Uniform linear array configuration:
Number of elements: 12
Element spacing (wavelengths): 1
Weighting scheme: hann
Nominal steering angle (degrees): -60
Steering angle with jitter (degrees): -61.212
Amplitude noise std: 0.05
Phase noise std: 0.05

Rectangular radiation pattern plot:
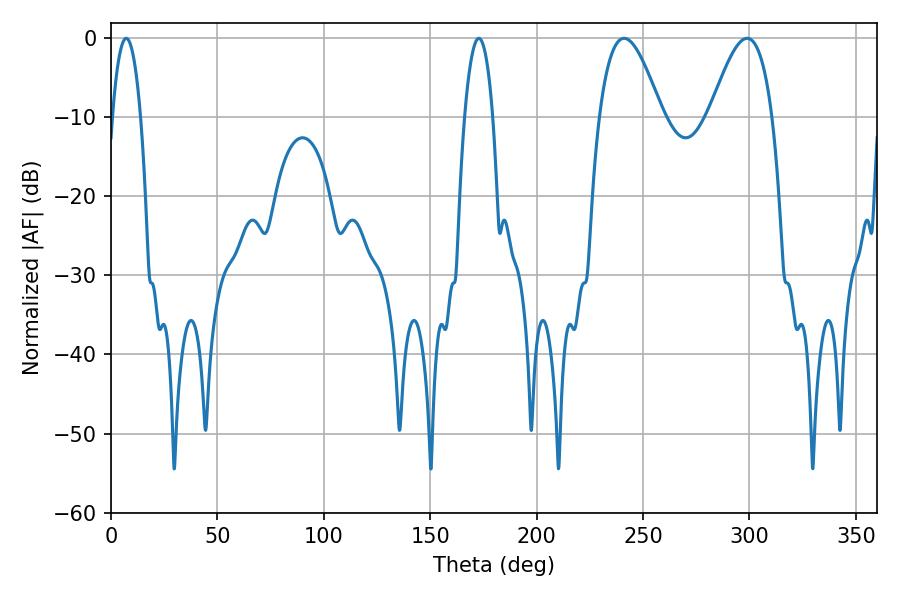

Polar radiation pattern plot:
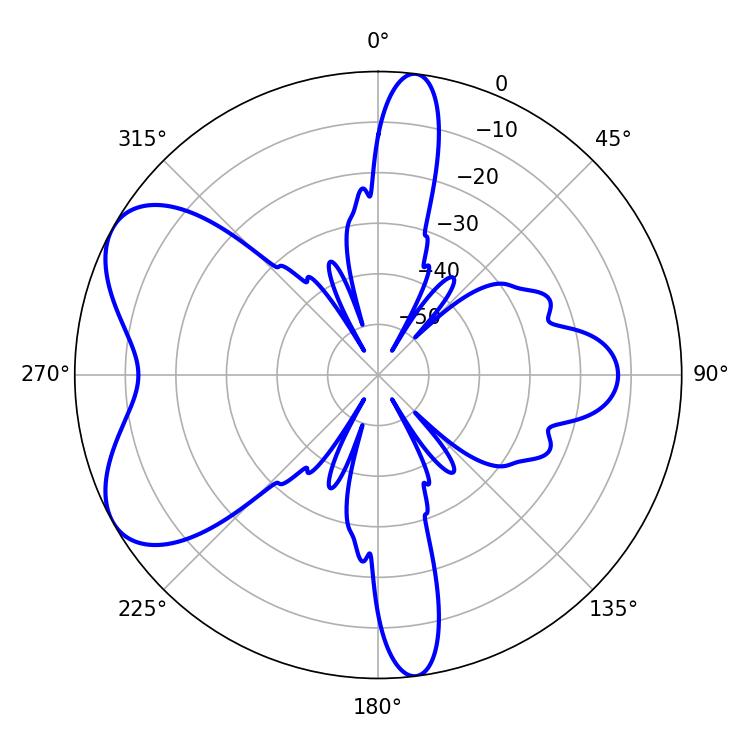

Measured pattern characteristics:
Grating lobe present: TRUE
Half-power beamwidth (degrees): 15.84
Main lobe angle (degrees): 241.02